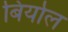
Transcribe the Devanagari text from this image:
बिर्याल